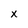
Character: x